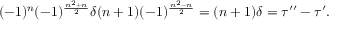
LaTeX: ( - 1 ) ^ { n } ( - 1 ) ^ { \frac { n ^ { 2 } + n } { 2 } } \delta ( n + 1 ) ( - 1 ) ^ { \frac { n ^ { 2 } - n } { 2 } } = ( n + 1 ) \delta = \tau ^ { \prime \prime } - \tau ^ { \prime } .